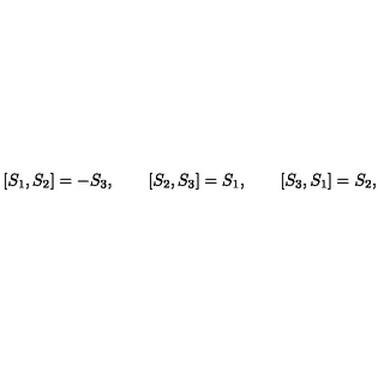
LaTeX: [ S _ { 1 } , S _ { 2 } ] = - S _ { 3 } , \qquad [ S _ { 2 } , S _ { 3 } ] = S _ { 1 } , \qquad [ S _ { 3 } , S _ { 1 } ] = S _ { 2 } ,